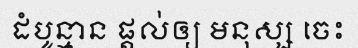
ដំបូន្មាន ផ្តល់ឲ្យ មនុស្ស ចេះ